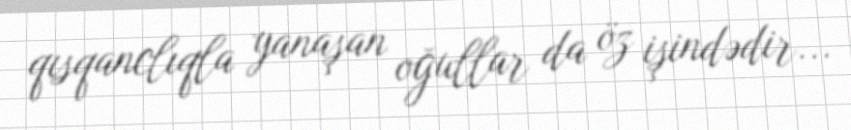
qısqanclıqla yanaşan oğullar da öz işindədir...